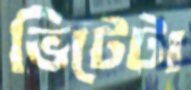
ভিটেটা